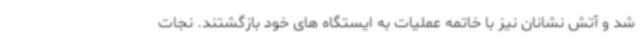
شد و آتش نشانان نیز با خاتمه عملیات به ایستگاه های خود بازگشتند. نجات